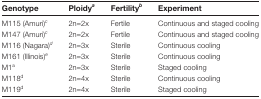
| Genotype | Ploidya | Fertilityb | Experiment |
 | --- | --- | --- | --- |
 | M115 (Amuri)c | 2n=2x | Fertile | Continuous and staged cooling |
 | M147 (Amuri)c | 2n=2x | Fertile | Continuous and staged cooling |
 | M116 (Nagara)d | 2n=3x | Sterile | Continuous cooling |
 | M161 (Illinois)e | 2n=3x | Sterile | Continuous cooling |
 | M1a | 2n=3x | Sterile | Staged cooling |
 | M118d | 2n=4x | Sterile | Continuous cooling |
 | M119d | 2n=4x | Sterile | Staged cooling |